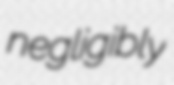
negligibly